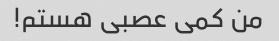
من کمی عصبی هستم!